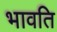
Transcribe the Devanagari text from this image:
भावति